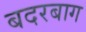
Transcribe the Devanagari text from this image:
बदरबाग